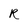
Character: R